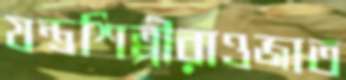
যন্ত্রশিল্পীরাওজাত